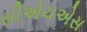
સીએચએસ